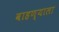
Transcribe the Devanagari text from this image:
वाहण्याला